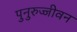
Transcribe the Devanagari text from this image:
पुनुरुज्जीवन